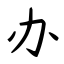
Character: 办